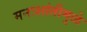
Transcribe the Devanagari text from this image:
मनःशांतीमुळे